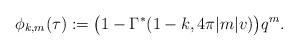
LaTeX: \begin{align*}\phi_{k,m}(\tau) := \big(1 - \Gamma^*(1-k,4\pi |m| v) \big) q^m.\end{align*}